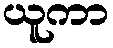
ယူကာ